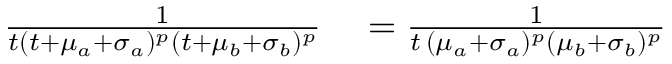
\begin{array} { r l } { { } \frac { 1 } { t ( t + \mu _ { a } + \sigma _ { a } ) ^ { p } ( t + \mu _ { b } + \sigma _ { b } ) ^ { p } } } & { { } = \frac { 1 } { t \, ( \mu _ { a } + \sigma _ { a } ) ^ { p } ( \mu _ { b } + \sigma _ { b } ) ^ { p } } } \end{array}